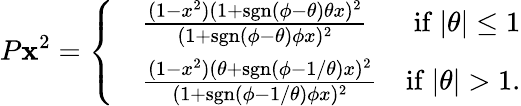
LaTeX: P\mathbf{x}^{2}=\left\{ \begin{array}{rlr}&{\frac{(1-x^{2})(1+\mathrm{sgn}(\phi-\theta)\theta x)^{2}}{(1+\mathrm{sgn}(\phi-\theta)\phi x)^{2}}}&{\mathrm{if}~\vert\theta\vert\le 1}\\ &{\frac{(1-x^{2})(\theta+\mathrm{sgn}(\phi-1/\theta)x)^{2}}{(1+\mathrm{sgn}(\phi-1/\theta)\phi x)^{2}}}&{\mathrm{if}~\vert\theta\vert>1.}\end{array}\right.